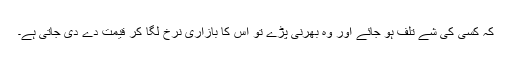
کہ کسی کی شے تلف ہو جائے اور وہ بھرنی پڑے تو اس کا بازاری نرخ لگا کر قیمت دے دی جاتی ہے۔